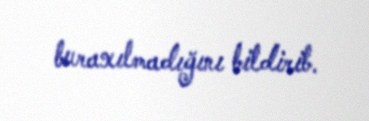
buraxılmadığını bildirib.